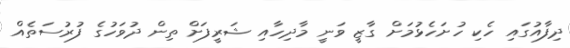
ދިފާއުގައި ހެކި ހުށަހެޅުމަށް ގާޒީ ވަނީ މާދިހާއި ޝަރީފަށް ތިން ދުވަހުގެ ފުރުސަތެއް